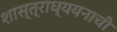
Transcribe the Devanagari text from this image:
शास्त्राध्ययनाची